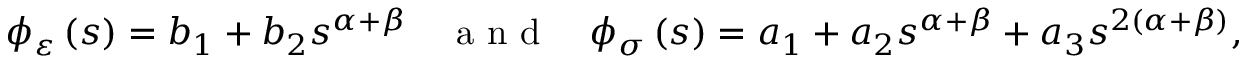
\phi _ { \varepsilon } \left( s \right) = b _ { 1 } + b _ { 2 } s ^ { \alpha + \beta } \quad \mathrm { ~ a ~ n ~ d ~ } \quad \phi _ { \sigma } \left( s \right) = a _ { 1 } + a _ { 2 } s ^ { \alpha + \beta } + a _ { 3 } s ^ { 2 \left( \alpha + \beta \right) } ,